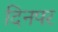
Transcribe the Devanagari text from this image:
दिनपर